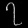
Digit: ၇